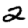
Digit: 2